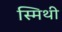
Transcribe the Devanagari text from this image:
स्मिथी